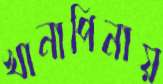
খানাপিনায়